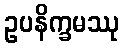
ဥပနိက္ခမဿု